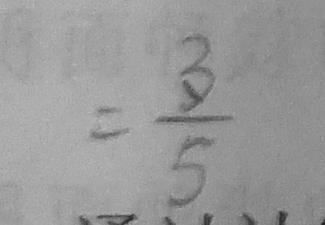
= \frac { 3 } { 5 }